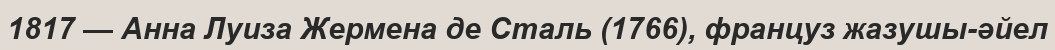
1817 — Анна Луиза Жермена де Сталь (1766), француз жазушы-әйел